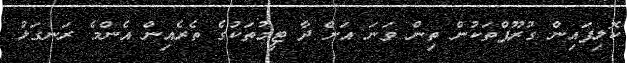
ކޮލިފައިން ގުރޫޕްތަކުން ތިން ވަނަ އަށް ދާ ޓީމުތަކުގެ ތެރެއިން އެންމެ ރަނގަޅު